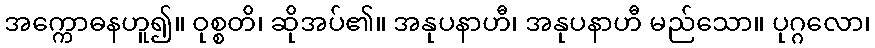
အက္ကောဓနဟူ၍။ ဝုစ္စတိ၊ ဆိုအပ်၏။ အနုပနာဟီ၊ အနုပနာဟီ မည်သော။ ပုဂ္ဂလော၊